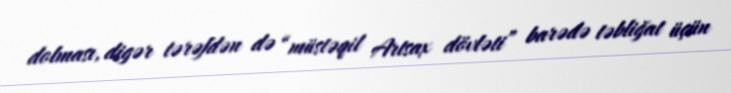
dolması, digər tərəfdən də “müstəqil Artsax dövləti” barədə təbliğat üçün